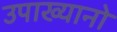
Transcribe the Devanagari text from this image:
उपाख्यानो